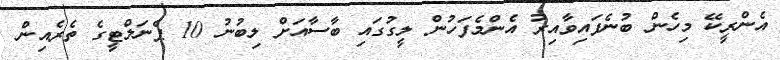
އެންރީކޭ މިހެން ބުނެފައިވާއިރު އެންމެފަހުން ލީގުގައި ބާސާއަށް ލިބުނު 10 ޕެނަލްޓީގެ ތެރެއިން